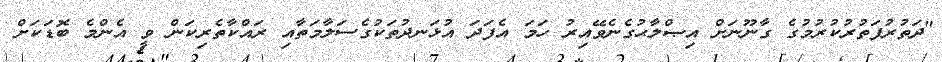
"ދަތުރުފަތުރުކުރުމުގެ ގާނޫނަށް އިޞްލާޙުގެނެވޭއިރު ހަމަ އެފަދަ އުޅަނދުތަކުގެސަލާމަތާއި ރައްކާތެރިކަން ވީ އެންމެ ބޮޑަކަށް